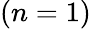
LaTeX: (n=1)